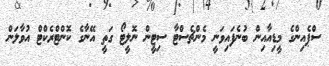
ސްޕެއިންގެ މީޑިއާއިން ބުނެފައިވަނީ މެންޗެސްޓާ ސިޓީން ނޮލީޓޯ ގަތީ އޭނާގެ ކޮންޓްރެކްޓް އުވާލަން